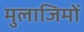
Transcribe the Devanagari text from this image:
मुलाजिमों